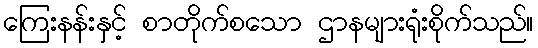
ကြေးနန်းနှင့် စာတိုက်စသော ဌာနများရုံးစိုက်သည်။